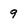
Character: 9